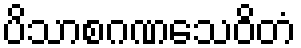
ပိသာစဂဏသေဝိတံ